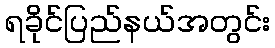
ရခိုင်ပြည်နယ်အတွင်း